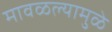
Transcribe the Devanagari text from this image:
मावळल्यामुळे